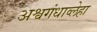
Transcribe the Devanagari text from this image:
अश्वगंधाव्लेहा